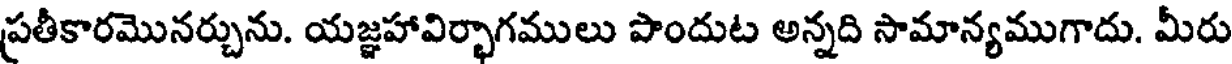
ప్రతీకారమొనర్చును. యజ్ఞహావిర్భాగములు పొందుట అన్నది సామాన్యముగాదు. మీరు